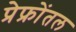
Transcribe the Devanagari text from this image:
प्रेफ्रोंतल